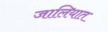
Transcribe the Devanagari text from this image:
जालियात